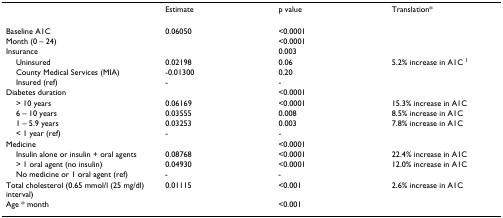
<table><thead><tr><td></td><td><b>Estimate</b></td><td><b>p value</b></td><td><b>Translation*</b></td></tr></thead><tbody><tr><td>Baseline A1C</td><td>0.06050</td><td>&lt;0.0001</td><td></td></tr><tr><td>Month (0 – 24)</td><td></td><td>&lt;0.0001</td><td></td></tr><tr><td>Insurance</td><td></td><td>0.003</td><td></td></tr><tr><td> Uninsured</td><td>0.02198</td><td>0.06</td><td>5.2% increase in A1C <sup>1</sup></td></tr><tr><td> County Medical Services (MIA)</td><td>-0.01300</td><td>0.20</td><td></td></tr><tr><td> Insured (ref)</td><td>-</td><td>-</td><td></td></tr><tr><td>Diabetes duration</td><td></td><td>&lt;0.0001</td><td></td></tr><tr><td> &gt; 10 years</td><td>0.06169</td><td>&lt;0.0001</td><td>15.3% increase in A1C</td></tr><tr><td> 6 – 10 years</td><td>0.03555</td><td>0.008</td><td>8.5% increase in A1C</td></tr><tr><td> 1 – 5.9 years</td><td>0.03253</td><td>0.003</td><td>7.8% increase in A1C</td></tr><tr><td> &lt; 1 year (ref)</td><td>-</td><td>-</td><td></td></tr><tr><td>Medicine</td><td></td><td>&lt;0.0001</td><td></td></tr><tr><td> Insulin alone or insulin + oral agents</td><td>0.08768</td><td>&lt;0.0001</td><td>22.4% increase in A1C</td></tr><tr><td> &gt; 1 oral agent (no insulin)</td><td>0.04930</td><td>&lt;0.0001</td><td>12.0% increase in A1C</td></tr><tr><td> No medicine or 1 oral agent (ref)</td><td>-</td><td>-</td><td></td></tr><tr><td>Total cholesterol (0.65 mmol/l (25 mg/dl) interval)</td><td>0.01115</td><td>&lt;0.001</td><td>2.6% increase in A1C</td></tr><tr><td>Age * month</td><td></td><td>&lt;0.001</td><td></td></tr></tbody></table>